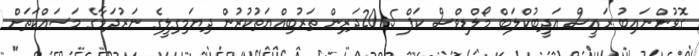
ގޮވުންނައިބު ރައީސް އަދީބުކްލަބް މޯލްޑިވްސް ކަޕް 2015ދަރިން ތަރުބިއްޔަތުކުރުން ދިޔަމިގިލީގެ ނަރުދަމާގެ މަސައްކަތަށް